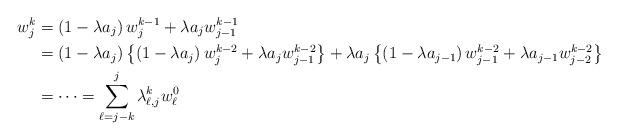
LaTeX: \begin{align*}w^k_j&=\left(1-\lambda a_j\right) w^{k-1}_j+\lambda a_j w^{k-1}_{j-1}\\&= \left(1-\lambda a_j\right)\left\{ \left(1-\lambda a_j\right) w^{k-2}_j+\lambda a_j w^{k-2}_{j-1}\right\}+\lambda a_j \left\{\left(1-\lambda a_{j-1}\right) w^{k-2}_{j-1}+\lambda a_{j-1}w^{k-2}_{j-2}\right\} \\&= \dots = \sum_{\ell=j-k}^j \lambda_{\ell,j}^k w^0_{\ell}\end{align*}